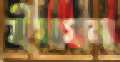
ইসমন